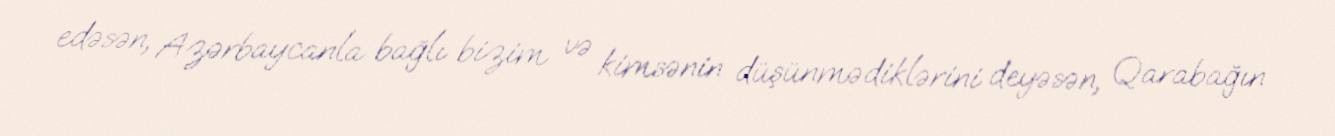
edəsən, Azərbaycanla bağlı bizim və kimsənin düşünmədiklərini deyəsən, Qarabağın